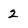
Character: 2